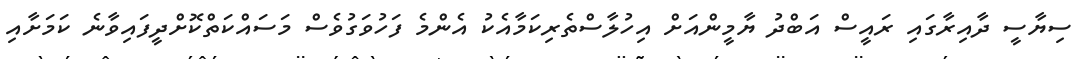
ސިޔާސީ ދާއިރާގައި ރައީސް އަބްދު ޔާމީންއަށް އިހުލާސްތެރިކަމާއެކު އެންމެ ފަހުވަގުވެސް މަސައްކަތްކޮށްދީފައިވާނެ ކަމަށާއި